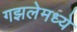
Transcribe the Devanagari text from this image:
गझलेमध्ये